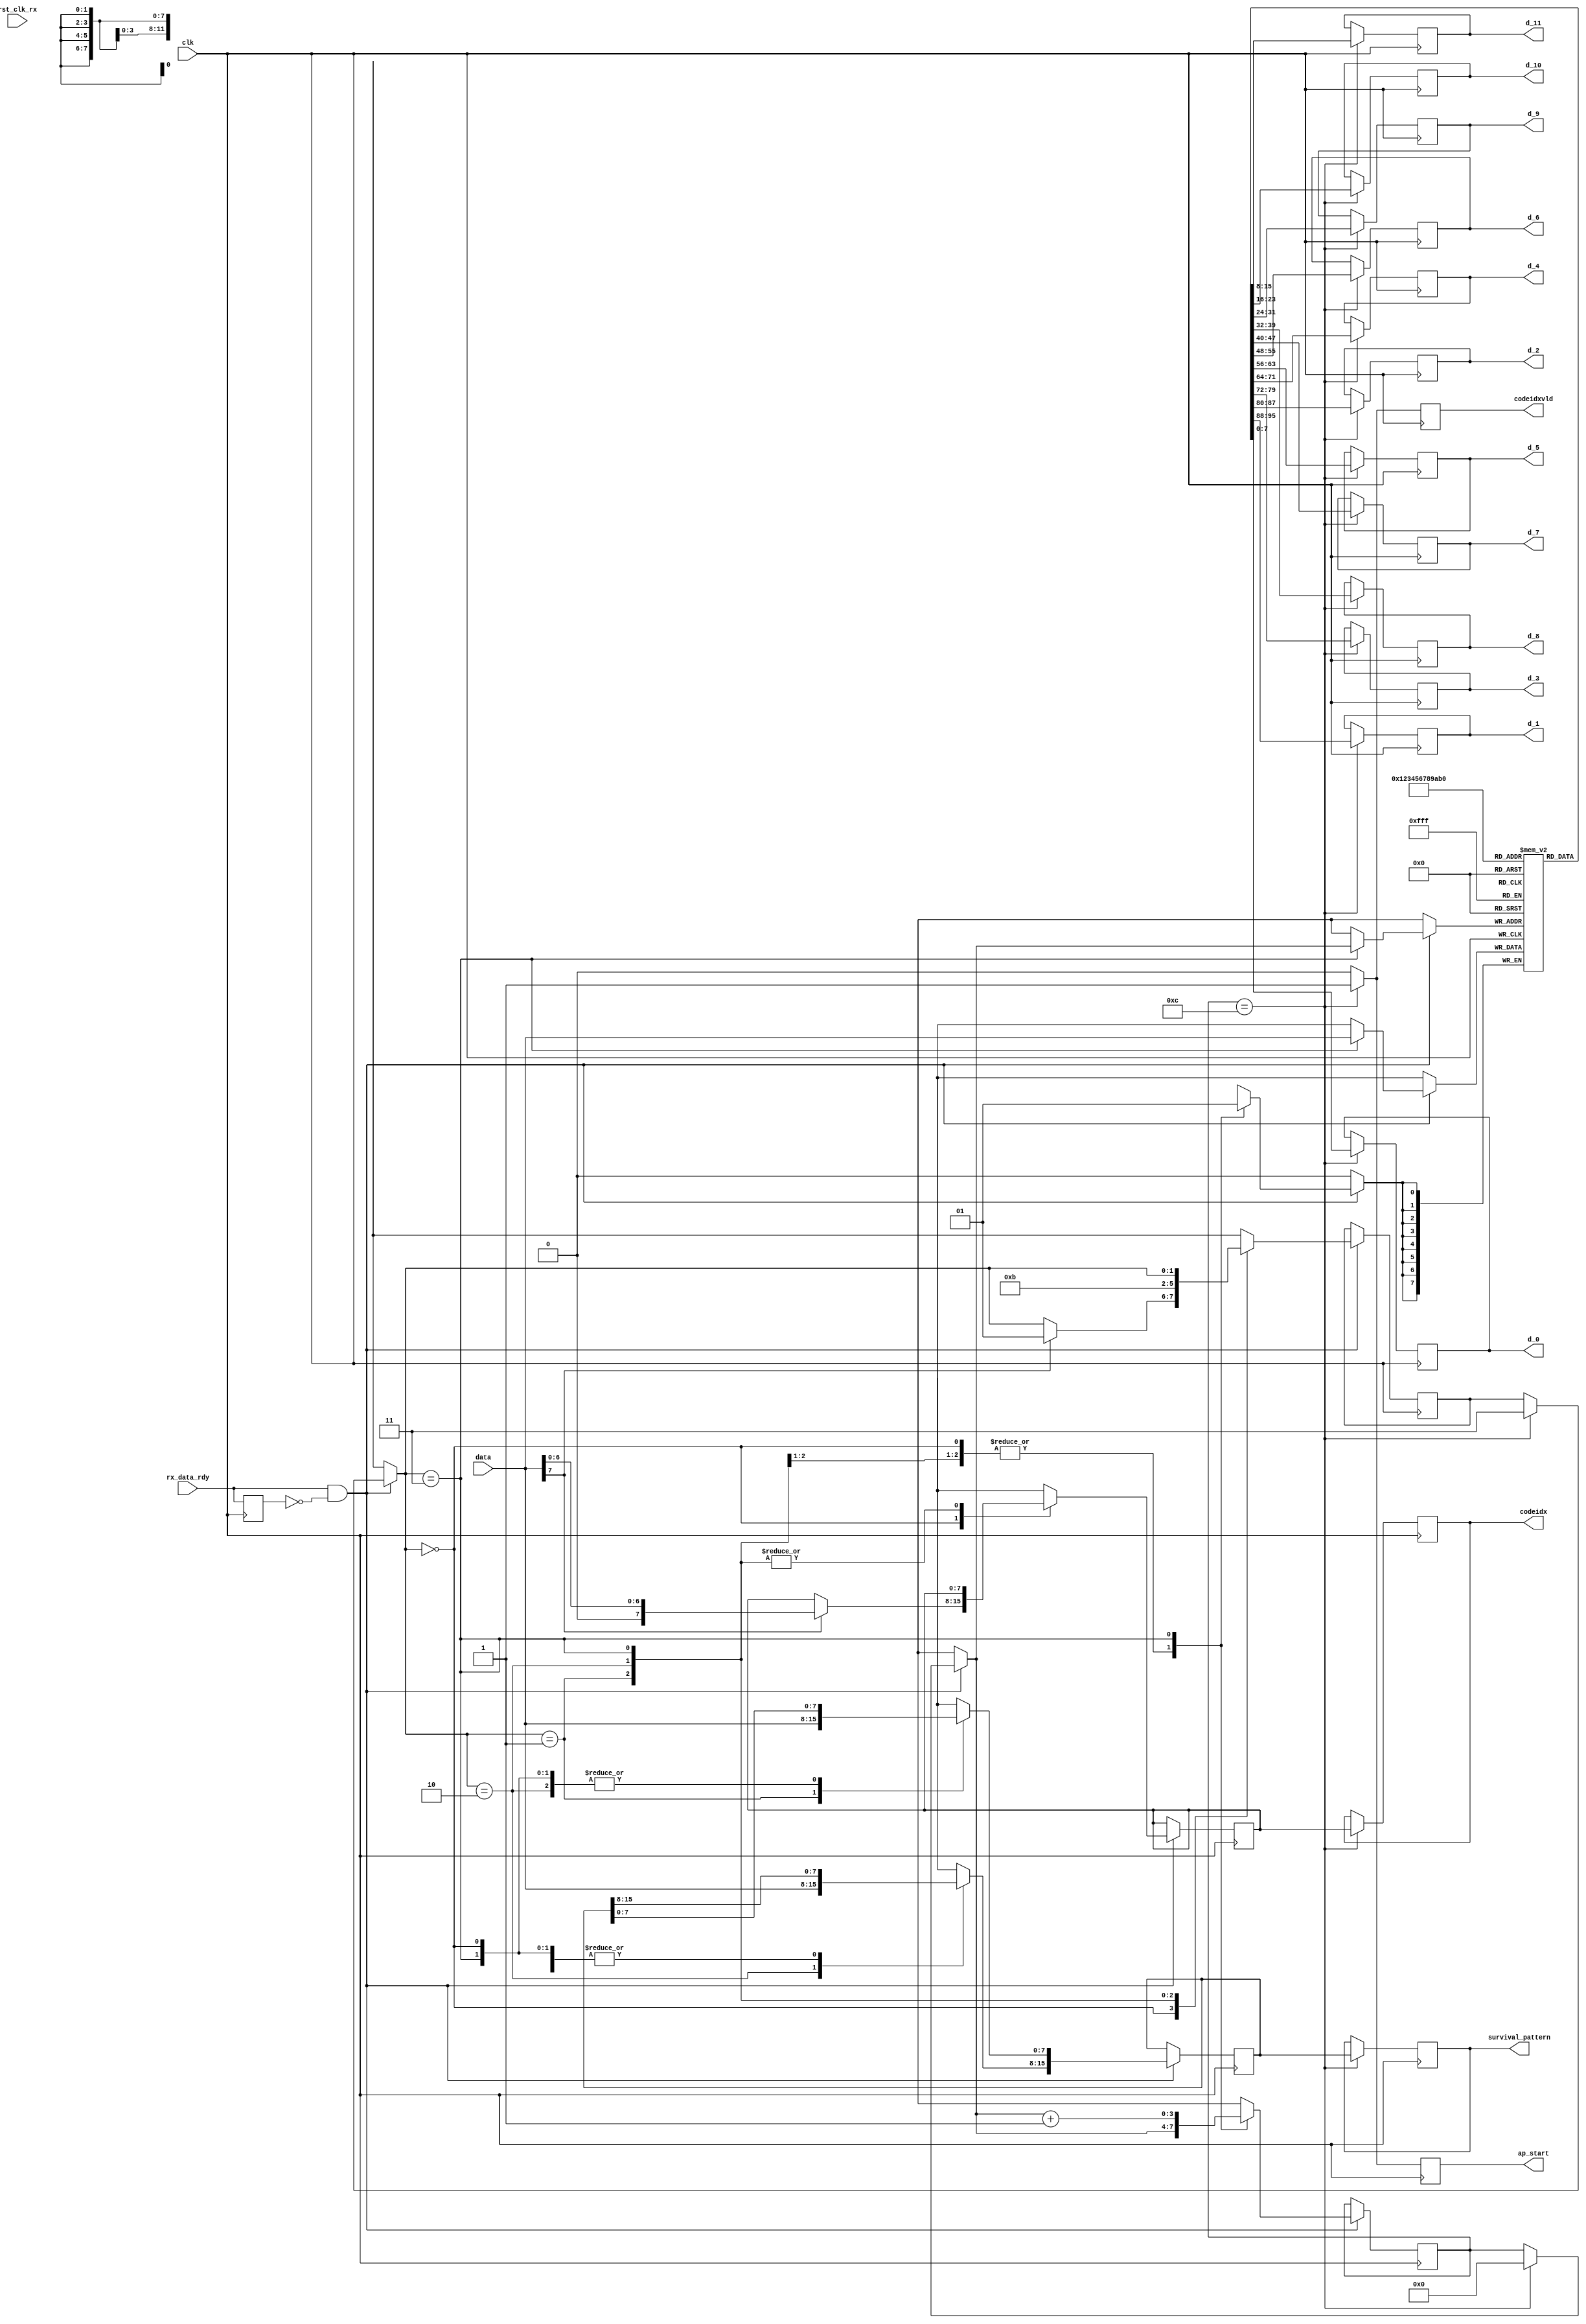
`timescale 1ns / 1ps
//////////////////////////////////////////////////////////////////////////////////
// Company: 
// Engineer: 
// 
// Design Name: 
// Module Name: StateMachine
// Project Name: 
// Target Devices: 
// Tool Versions: 
// Description: 
// 
// Dependencies: 
// 
// Revision:
// Revision 0.01 - File Created
// Additional Comments:
// 
//////////////////////////////////////////////////////////////////////////////////


module StateMachine(
    input clk,
    input [7:0] data,
    input rx_data_rdy,
    input rst_clk_rx,
    output reg codeidxvld,
    output reg [7:0] d_0,
    output reg [7:0] d_1,
    output reg [7:0] d_2,
    output reg [7:0] d_3,
    output reg [7:0] d_4,
    output reg [7:0] d_5,
    output reg [7:0] d_6,
    output reg [7:0] d_7,
    output reg [7:0] d_8,
    output reg [7:0] d_9,
    output reg [7:0] d_10,
    output reg[7:0] d_11,
    output reg [15:0] survival_pattern,
    output reg [7:0] codeidx,
    output reg ap_start
    );
        reg  [7:0] d [11:0];
        reg  [15:0]surv_pat;
        reg  [7:0]cid;
        /*reg  [7:0] d1;
        reg  [7:0] d2;
        reg  [7:0] d3;
        reg  [7:0] d4;
        reg  [7:0] d5;
        reg  [7:0] d6;
        reg  [7:0] d7;
        reg  [7:0] d8;
        reg  [7:0] d9;
        reg  [7:0] d10;
        reg  [7:0] d11;*/
        reg  old_rx_data_rdy;
        reg  [1:0]state=2'b0;
        reg  [3:0]count=4'b0;
        always@(posedge clk)
        begin
            old_rx_data_rdy <= rx_data_rdy;
            if(rx_data_rdy && !old_rx_data_rdy)
                begin
                if(count==12)
                    begin
                    state=3;
                    count=0;
                    end//if
                case (state)
                    0:begin //atribuio case idx
                    if(data[7]==1'b1)begin
                        cid={1'b0,data[6:0]};
                        state=1;
                        end//endif
                    end
                    1:begin //survival pattern
                    surv_pat[7:0]=data;
                    state=2;
                    end
                    2:begin //survival pattern
                    surv_pat[15:8]=data;
                    state=3;
                    end
                    3:// atribuicao d[count]
                    begin
                    d[count]=data;
                    count=count+1;
                    end//case 2                  
                    endcase       
                end//end if
        end//end always
        always@(posedge clk)
        begin
        if (count==12)
            begin
            d_0<=d[0];
            d_1<=d[1];
            d_2<=d[2];
            d_3<=d[3];
            d_4<=d[4];
            d_5<=d[5];
            d_6<=d[6];
            d_7<=d[7];
            d_8<=d[8];
            d_9<=d[9];
            d_10<=d[10];
            d_11<=d[11];
            survival_pattern<=surv_pat;
            codeidx<=cid;
            codeidxvld<=1'b1;
            ap_start<=1'b1;
            end//endif
        else begin
            codeidxvld<=1'b0;
            ap_start<=1'b0;
            end//end else
            
        end//end always2
        
endmodule